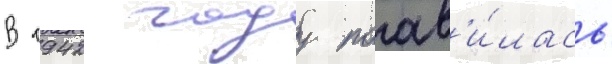
В 1942 году поав'и́лась